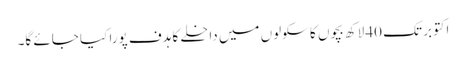
اکتوبر تک 40 لاکھ بچوں کا سکولوں میں داخلے کا ہدف پورا کیا جائے گا۔